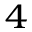
_ 4